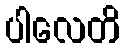
ပါလေတိ